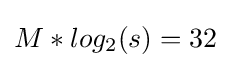
M*log_{2}(s)=32